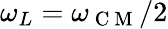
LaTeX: \omega_{L}=\omega_{\mathrm{~C~M~}}/2